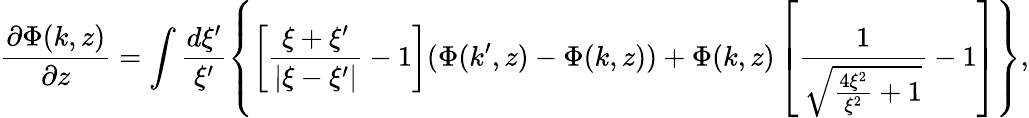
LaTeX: \frac{\partial\Phi(k,z)}{\partial z}=\int\frac{d\xi^{\prime}}{\xi^{\prime}}\left\{ \left[\frac{\xi+\xi^{\prime}}{|\xi-\xi^{\prime}|}-1\right](\Phi(k^{\prime},z)-\Phi(k,z))+\Phi(k,z)\left[\frac 1{\sqrt{\frac{4\xi^{2}}{\xi^{2}}+1}}-1\right]\right\} ,